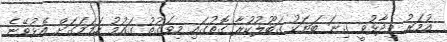
އުމަރު ވިދާޅުވީ ގިނަ ބަޔަކު ގަބޫލުކުރާ ގޮތުގައި މިވަގުތު ގައުމު ހަމަމަގަށް އެޅުވޭނެ